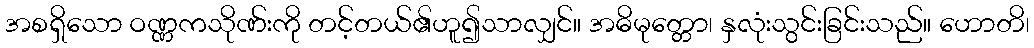
အစရှိသော ဝဏ္ဏကသိုဏ်းကို တင့်တယ်၏ဟူ၍သာလျှင်။ အဓိမုတ္တော၊ နှလုံးသွင်းခြင်းသည်။ ဟောတိ၊